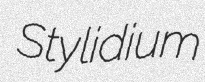
Stylidium